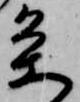
条